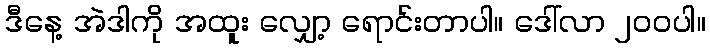
ဒီနေ့ အဲဒါကို အထူး လျှော့ ရောင်းတာပါ။ ဒေါ်လာ ၂၀၀ပါ။